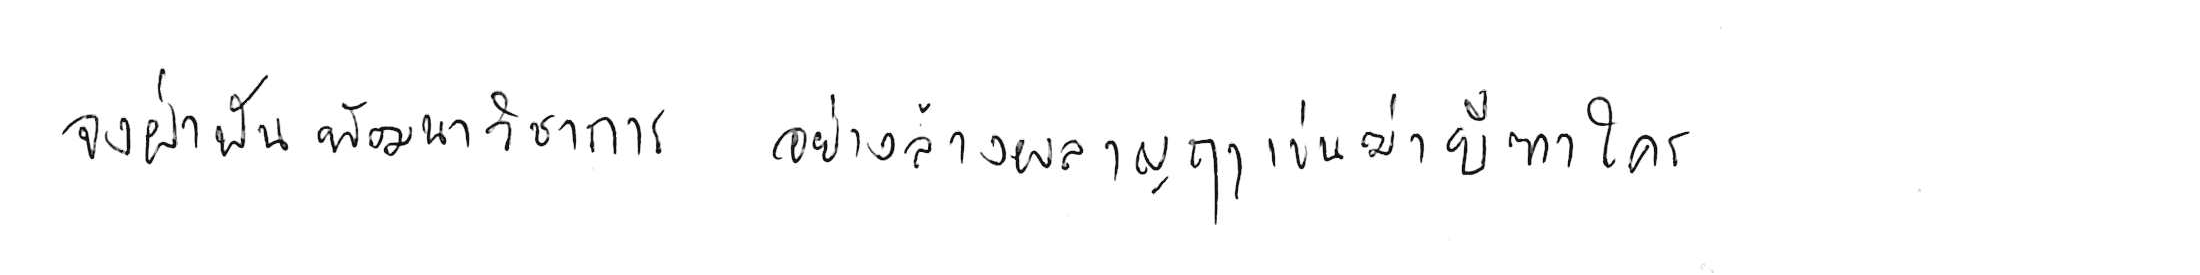
จงฝ่าฟันพัฒนาวิชาการ อย่าล้างผลาญฤๅเข่นฆ่าบีฑาใคร